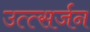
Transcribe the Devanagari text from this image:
उत्त्सर्जन